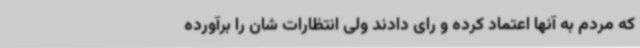
که مردم به آنها اعتماد کرده و رای دادند ولی انتظارات شان را برآورده